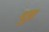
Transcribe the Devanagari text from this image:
दुन्न